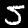
Digit: 5